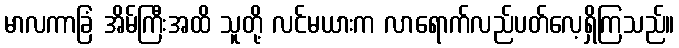
မာလကာခြံ အိမ်ကြီးအထိ သူတို့ လင်မယားက လာရောက်လည်ပတ်လေ့ရှိကြသည်။